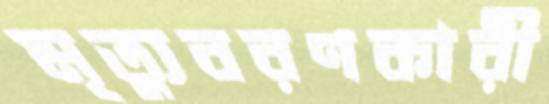
মৃত্যুবরণকারী